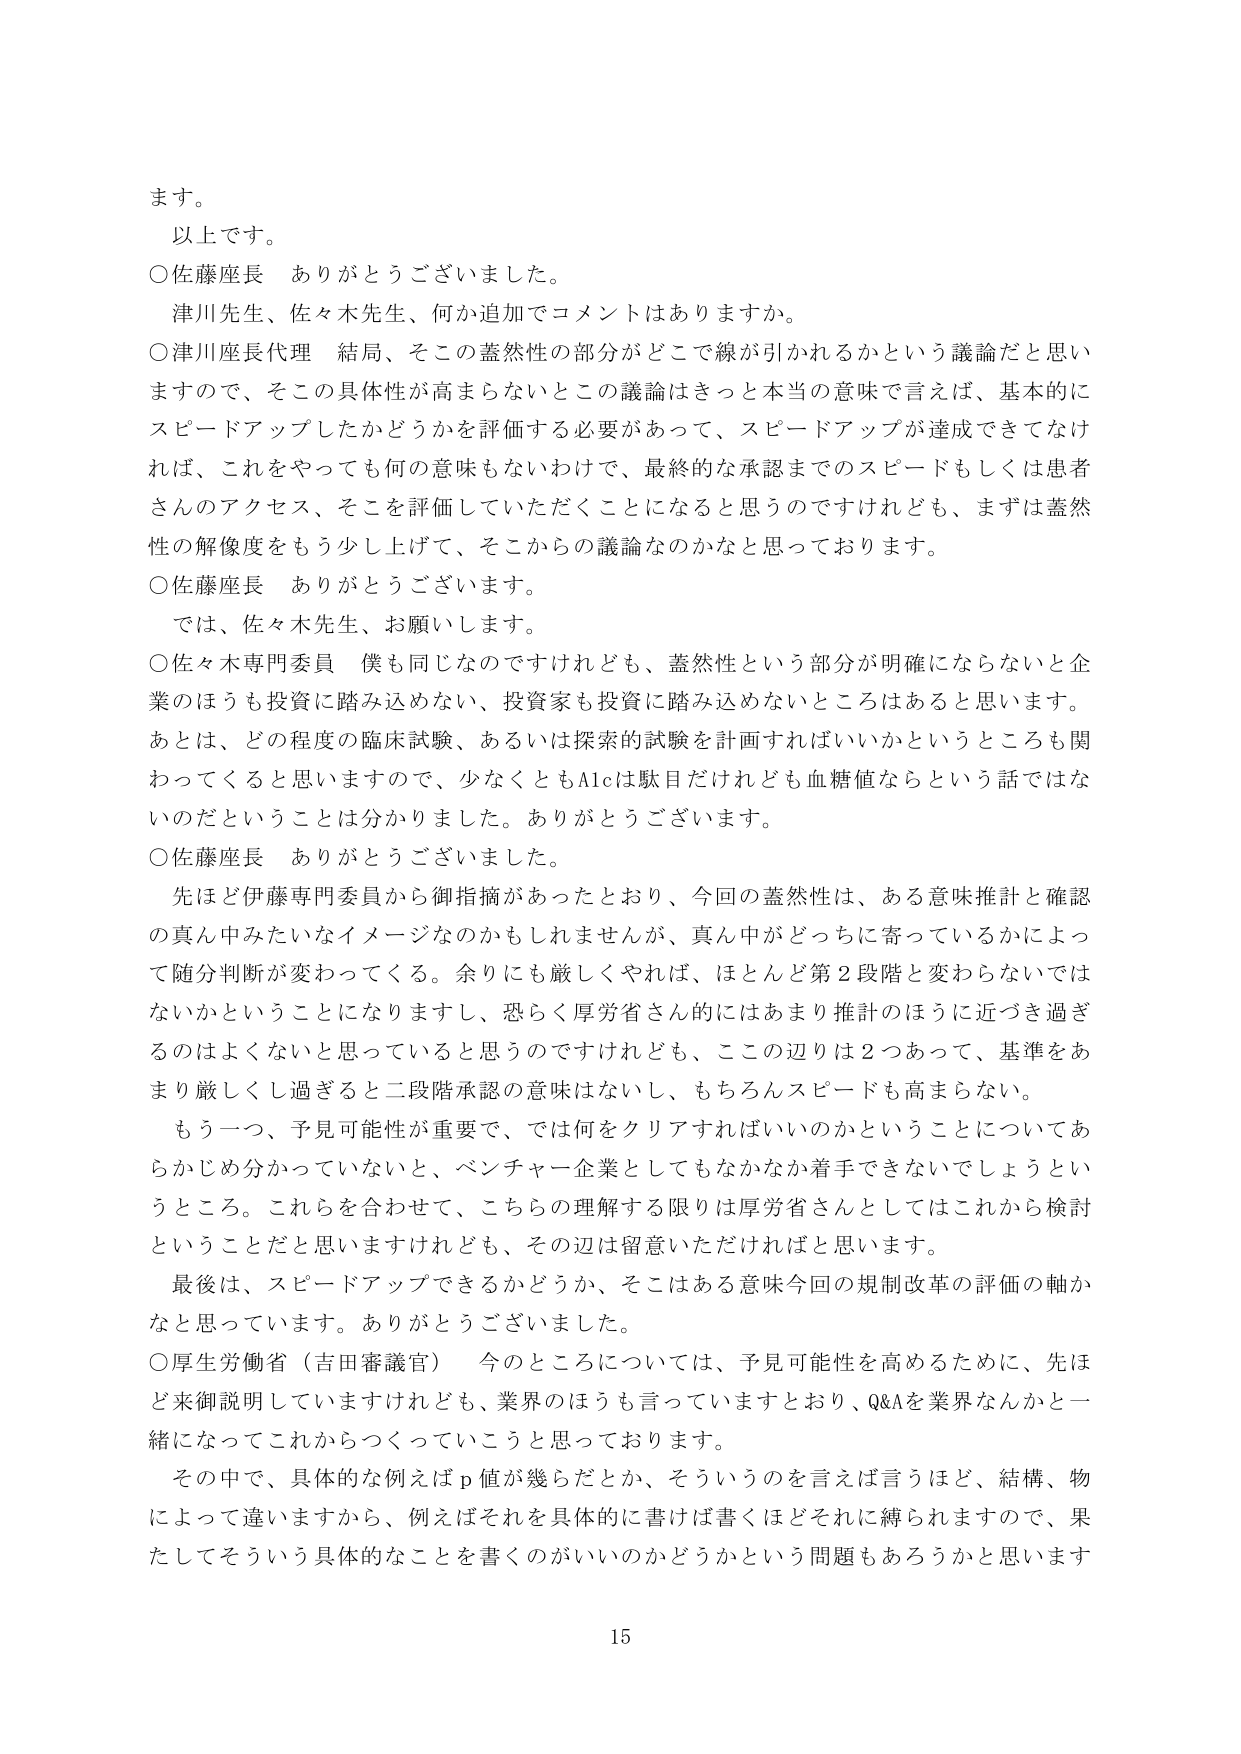
ます。
以上です。
○佐藤座長　ありがとうございました。
　津川先生、佐々木先生、何か追加でコメントはありますか。
○津川座長代理　結局、そこの蓋然性の部分がどこで線が引かれるかという議論だと思いますので、そこの具体性が高まらないとこの議論はきっと本当の意味で言えば、基本的にスピードアップしたかどうかを評価する必要があって、スピードアップが達成できてなければ、これをやっても何の意味もないわけで、最終的な承認までのスピードもしくは患者さんのアクセス、そこを評価していただくことになると思うのですけれども、まずは蓋然性の解像度をもう少し上げて、そこからの議論なのかなと思っております。
○佐藤座長　ありがとうございます。
　では、佐々木先生、お願いします。
○佐々木専門委員　僕も同じなのですけれども、蓋然性という部分が明確にならないと企業のほうも投資に踏み込めない、投資家も投資に踏み込めないところはあると思います。あとは、どの程度の臨床試験、あるいは探索的試験を計画すればいいかというところも関わってくると思いますので、少なくともA1cは駄目だけれども血糖値ならという話ではないのだということは分かりました。ありがとうございます。
○佐藤座長　ありがとうございました。
　先ほど伊藤専門委員から御指摘があったとおり、今回の蓋然性は、ある意味推計と確認の真ん中みたいなイメージなのかもしれませんが、真ん中がどっちに寄っているかによって随分判断が変わってくる。余りにも厳しくやれば、ほとんど第2段階と変わらないではないかということになりますし、恐らく厚労省さん的にはあまり推計のほうに近づき過ぎるのはよくないと思っていると思うのですけれども、ここの辺りは2つあって、基準をあまり厳しくし過ぎると二段階承認の意味はないし、もちろんスピードも高まらない。
　もう一つ、予見可能性が重要で、では何をクリアすればいいのかということについてあらかじめ分かっていないと、ベンチャー企業としてもなかなか着手できないでしょうというところ。これらを合わせて、こちらの理解する限りは厚労省さんとしてはこれから検討ということだと思いますけれども、その辺は留意いただければと思います。
　最後は、スピードアップできるかどうか、そこはある意味今回の規制改革の評価の軸かなと思っています。ありがとうございました。
○厚生労働省（吉田審議官）　今のところについては、予見可能性を高めるために、先ほど来御説明していますけれども、業界のほうも言っていますとおり、Q&Aを業界なんかと一緒にになってこれからつくっていこうと思っております。
　その中で、具体的な例えばp値が幾らだとか、そういうのを言えば言うほど、結構、物によって違いますから、例えばそれを具体的に書けば書くほどそれに縛られますので、果たしてそういう具体的なことを書くのがいいのかどうかという問題もあろうかと思います
15